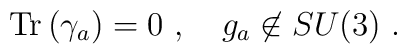
{\rm Tr}\left(\gamma_a\right)=0~,~~~g_a\not\in SU(3)~.